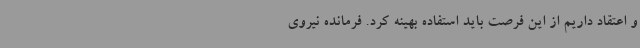
و اعتقاد داریم از این فرصت باید استفاده بهینه کرد. فرمانده نیروی